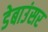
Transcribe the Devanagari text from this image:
डेबाउंसर